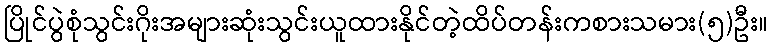
ပြိုင်ပွဲစုံသွင်းဂိုးအများဆုံးသွင်းယူထားနိုင်တဲ့ထိပ်တန်းကစားသမား(၅)ဦး။